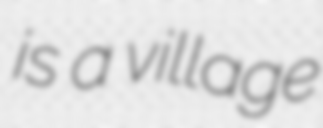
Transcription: is a village